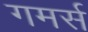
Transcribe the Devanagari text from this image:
गमर्स